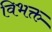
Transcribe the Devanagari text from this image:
विभक्त